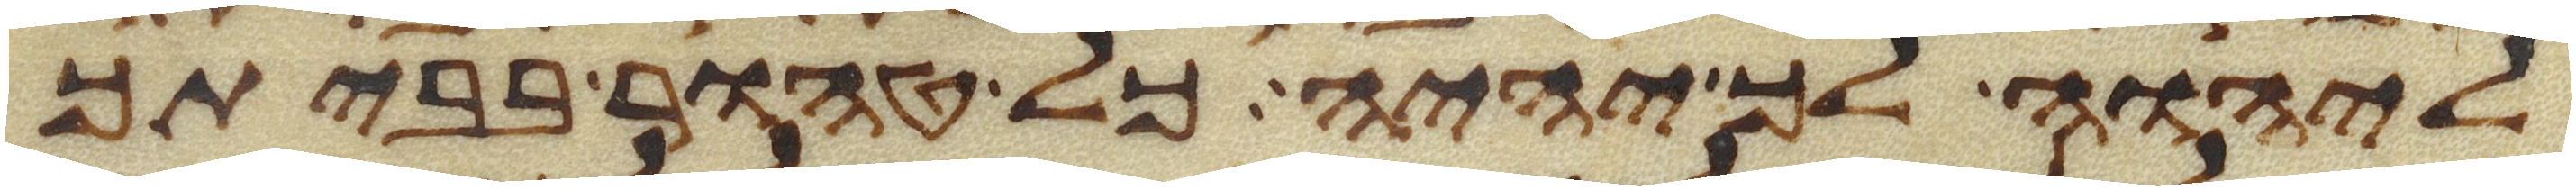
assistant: ליהוה לך יהיה כל טהור בביתך